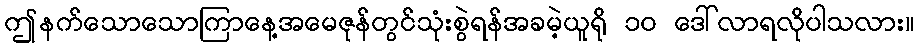
ဤနက်သောသောကြာနေ့အမေဇုန်တွင်သုံးစွဲရန်အခမဲ့ယူရို ၁၀ ဒေါ်လာရလိုပါသလား။